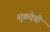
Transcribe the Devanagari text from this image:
शुक्रदेवी